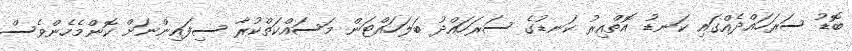
ބޮޑު ސަރަހައްދެއްގައި ކަނޑު އޮތްއިރު ކަނޑުގެ ސަރަހައްދު ބަލަހައްޓަން މަސައްކަތްކުރާ ސިފައިންނަށް ކޮންމެހެންވެސް